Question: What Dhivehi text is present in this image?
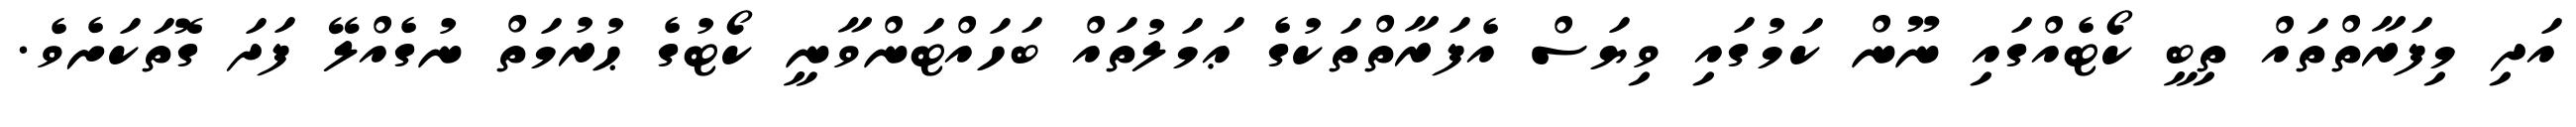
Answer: އަދި މިފަރާތްތައް ތިބީ ކޯޓެއްގައި ނޫން ކަމުގައި ވިޔަސް އެފަރާތްތަކުގެ ޢަމަލުތައް ބަހައްޓަންވާނީ ކޯޓުގެ ޙުރުމަތް ނުގެއްލޭ ފަދަ ގޮތަކަށެވެ.